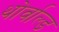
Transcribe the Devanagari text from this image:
थोर्वाल्ड